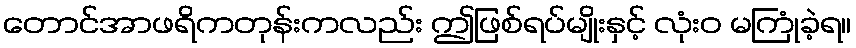
တောင်အာဖရိကတုန်းကလည်း ဤဖြစ်ရပ်မျိုးနှင့် လုံးဝ မကြုံခဲ့ရ။